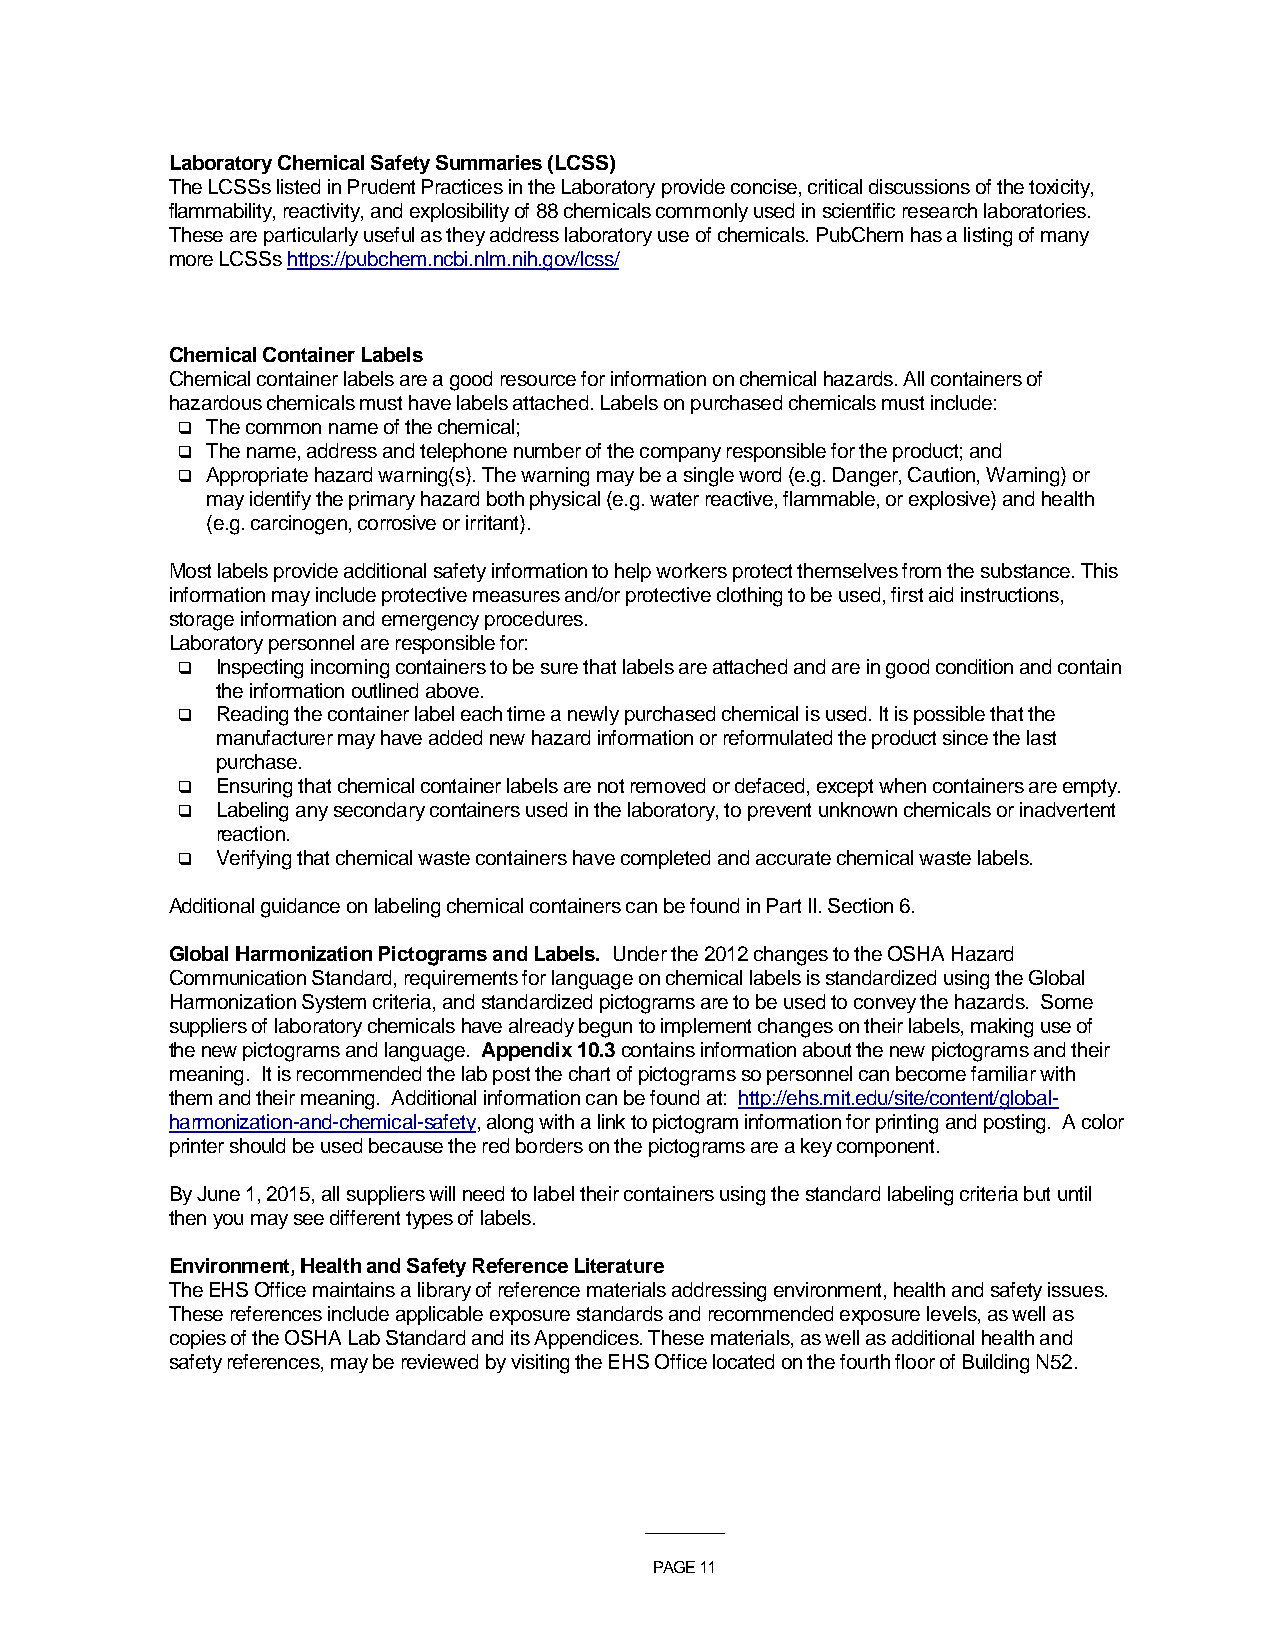
Laboratory Chemical Safety Summaries (LCSS)
 The LCSSs listed in Prudent Practices in the Laboratory provide concise, critical discussions of the toxicity,
 flammability, reactivity, and explosibility of 88 chemicals commonly used in scientific research laboratories.
 These are particularly useful as they address laboratory use of chemicals. PubChem has a listing of many
 more LCSSs https://pubchem.ncbi.nlm.nih.gov/lcss/
 Chemical Container Labels
 Chemical container labels are a good resource for information on chemical hazards. All containers of
 hazardous chemicals must have labels attached. Labels on purchased chemicals must include:
  The common name of the chemical;
  The name, address and telephone number of the company responsible for the product; and
  Appropriate hazard warning(s). The warning may be a single word (e.g. Danger, Caution, Warning) or
 may identify the primary hazard both physical (e.g. water reactive, flammable, or explosive) and health
 (e.g. carcinogen, corrosive or irritant).
 Most labels provide additional safety information to help workers protect themselves from the substance. This
 information may include protective measures and/or protective clothing to be used, first aid instructions,
 storage information and emergency procedures.
 Laboratory personnel are responsible for:
  Inspecting incoming containers to be sure that labels are attached and are in good condition and contain
 the information outlined above.
  Reading the container label each time a newly purchased chemical is used. It is possible that the
 manufacturer may have added new hazard information or reformulated the product since the last
 purchase.
  Ensuring that chemical container labels are not removed or defaced, except when containers are empty.
  Labeling any secondary containers used in the laboratory, to prevent unknown chemicals or inadvertent
 reaction.
  Verifying that chemical waste containers have completed and accurate chemical waste labels.
 Additional guidance on labeling chemical containers can be found in Part II. Section 6.
 Global Harmonization Pictograms and Labels. Under the 2012 changes to the OSHA Hazard
 Communication Standard, requirements for language on chemical labels is standardized using the Global
 Harmonization System criteria, and standardized pictograms are to be used to convey the hazards. Some
 suppliers of laboratory chemicals have already begun to implement changes on their labels, making use of
 the new pictograms and language. Appendix 10.3 contains information about the new pictograms and their
 meaning. It is recommended the lab post the chart of pictograms so personnel can become familiar with
 them and their meaning. Additional information can be found at: http://ehs.mit.edu/site/content/global-
 harmonization-and-chemical-safety, along with a link to pictogram information for printing and posting. A color
 printer should be used because the red borders on the pictograms are a key component.
 By June 1, 2015, all suppliers will need to label their containers using the standard labeling criteria but until
 then you may see different types of labels.
 Environment, Health and Safety Reference Literature
 The EHS Office maintains a library of reference materials addressing environment, health and safety issues.
 These references include applicable exposure standards and recommended exposure levels, as well as
 copies of the OSHA Lab Standard and its Appendices. These materials, as well as additional health and
 safety references, may be reviewed by visiting the EHS Office located on the fourth floor of Building N52.
 ___________
 PAGE 11